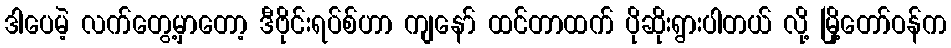
ဒါပေမဲ့ လက်တွေ့မှာတော့ ဒီဗိုင်းရပ်စ်ဟာ ကျနော် ထင်တာထက် ပိုဆိုးရွားပါတယ် လို့ မြို့တော်ဝန်က